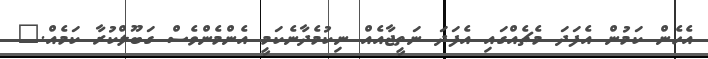
އެހެން ކަމުން އެފަދަ މެޗެއްގައި އެފަދަ ނަތީޖާއެއް ނިކުމެދާނެކަމީ އެންމެންވެސް ގަބޫލްކުރާ ކަމެއް."